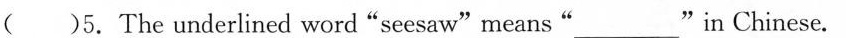
( )5.The underlined word "seesaw" means " _"in Chinese.